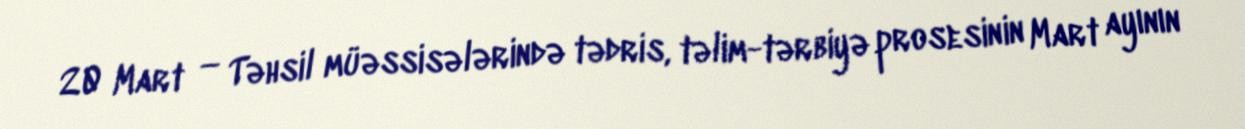
20 Mart — Təhsil müəssisələrində tədris, təlim-tərbiyə prosesinin Mart ayının